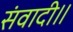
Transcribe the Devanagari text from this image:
संवादी॥